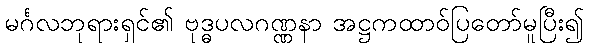
မင်္ဂလဘုရားရှင်၏ ဗုဒ္ဓပလဂဏ္ဏနာ အဋ္ဌကထာဝ်ပြတော်မူပြီး၍